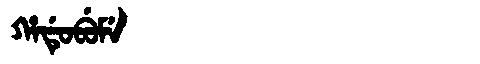
Manchu: ᡥᠠᡩᡠᠪᡠᠮᡝ
Romanization: HADUBUME